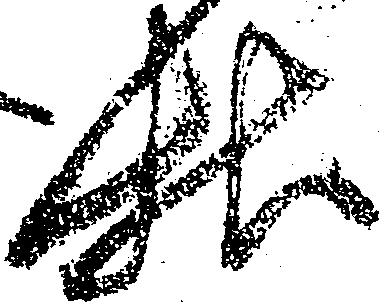
様